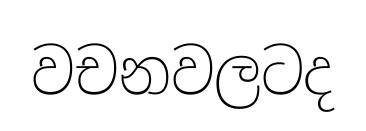
වචනවලටද